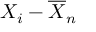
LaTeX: X _ { i } - { \overline { { X } } } _ { n }